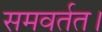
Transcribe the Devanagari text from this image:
समवर्तत।